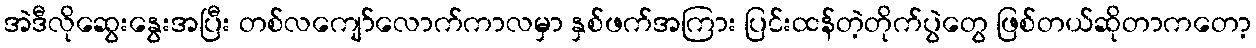
အဲဒီလိုဆွေးနွေးအပြီး တစ်လကျော်လောက်ကာလမှာ နှစ်ဖက်အကြား ပြင်းထန်တဲ့တိုက်ပွဲတွေ ဖြစ်တယ်ဆိုတာကတော့